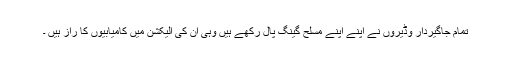
تمام جاگیردار وڈیروں نے اپنے اپنے مسلح گینگ پال رکھے ہیں وہی ان کی الیکشن میں کامیابیوں کا راز ہیں ۔